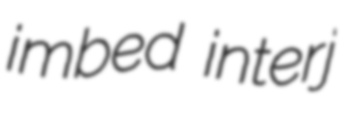
imbed interj